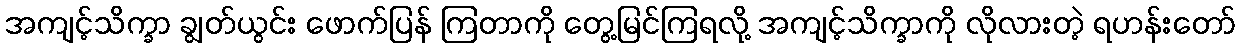
အကျင့်သိက္ခာ ချွတ်ယွင်း ဖောက်ပြန် ကြတာကို တွေ့မြင်ကြရလို့ အကျင့်သိက္ခာကို လိုလားတဲ့ ရဟန်းတော်